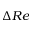
\Delta R e